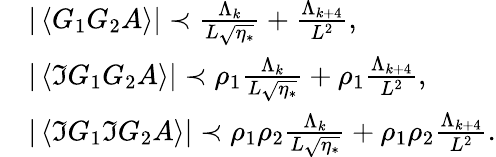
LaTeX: \begin{array}{rl}&{|\left\langle{G_{1}G_{2}A}\right\rangle|\prec\frac{\Lambda_{k}}{L\sqrt{\eta_{*}}}+\frac{\Lambda_{k+4}}{L^{2}},}\\ &{|\left\langle{\Im G_{1}G_{2}A}\right\rangle|\prec\rho_{1}\frac{\Lambda_{k}}{L\sqrt{\eta_{*}}}+\rho_{1}\frac{\Lambda_{k+4}}{L^{2}},}\\ &{|\left\langle{\Im G_{1}\Im G_{2}A}\right\rangle|\prec\rho_{1}\rho_{2}\frac{\Lambda_{k}}{L\sqrt{\eta_{*}}}+\rho_{1}\rho_{2}\frac{\Lambda_{k+4}}{L^{2}}.}\end{array}